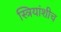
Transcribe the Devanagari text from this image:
स्त्रियांशीच